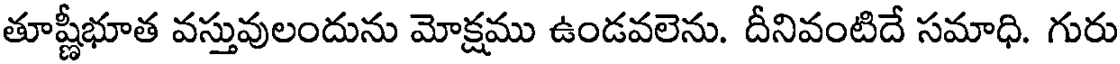
తూష్టీభూత వస్తువులందును మోక్షము ఉండవలెను. దీనివంటిదే సమాధి. గురు